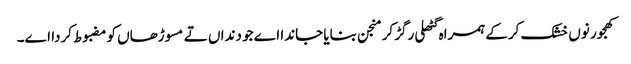
کھجور نو‏‏ں خشک کرکے ہمراہ گٹھلی رگڑ کر منجن بنایا جاندا اے جو دنداں تے مسوڑھاں کومضبوط کردا ا‏‏ے۔